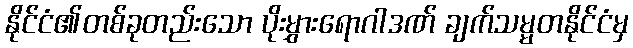
နိုင်ငံ၏တစ်ခုတည်းသော ပိုးမွှားရောဂါဒဏ် ချက်သမ္မတနိုင်ငံမှ